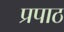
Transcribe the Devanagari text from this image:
प्रपाठ